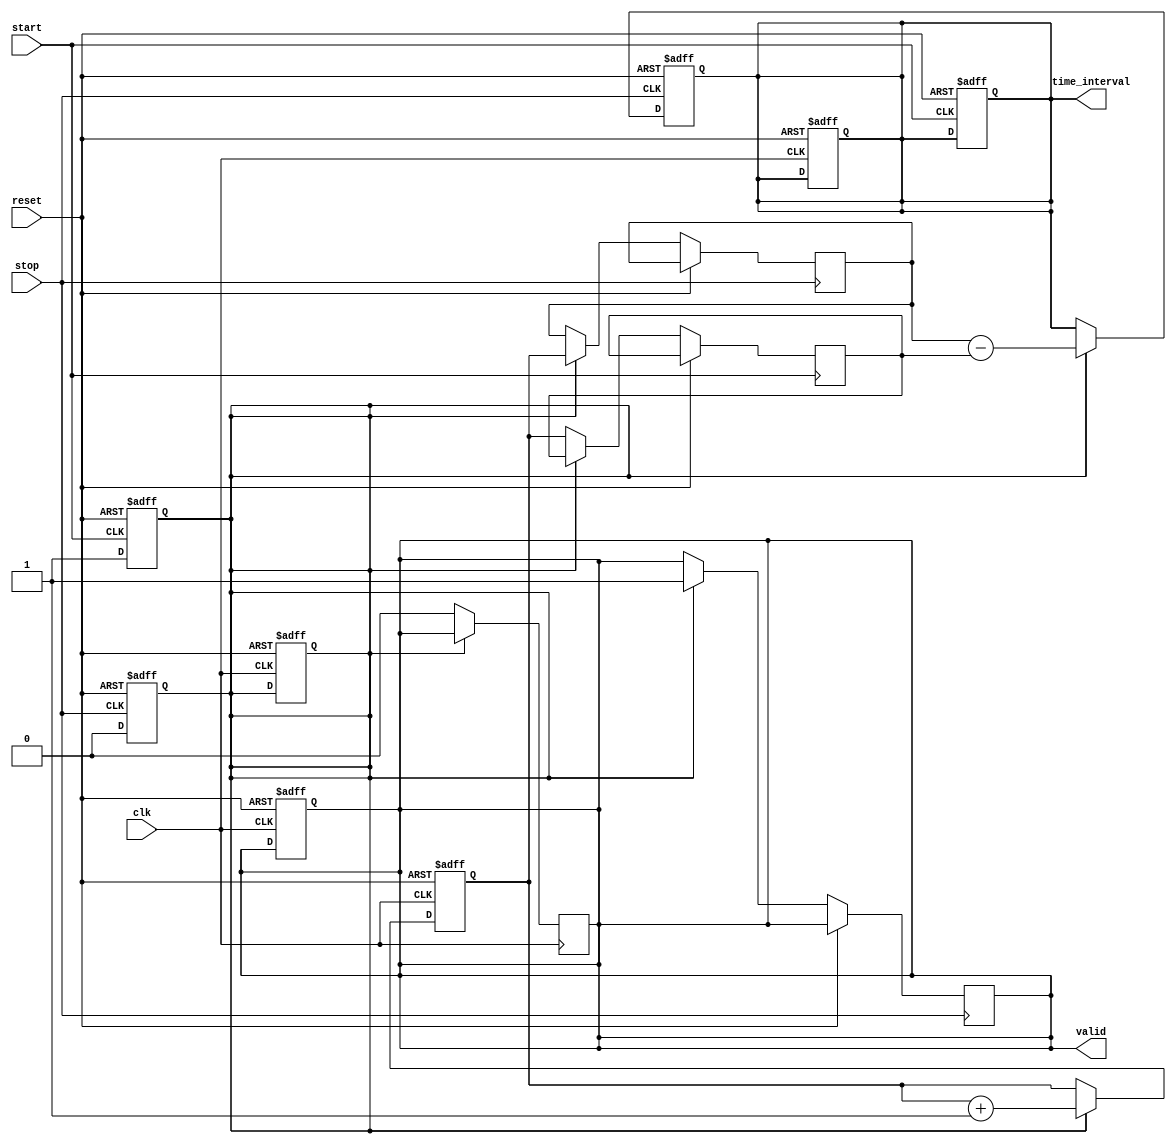
module TDC (
    input wire clk,            // High-frequency clock signal
    input wire reset,          // Reset signal
    input wire start,          // Start event signal
    input wire stop,           // Stop event signal
    output reg [15:0] time_interval, // Output time interval (16-bit for example)
    output reg valid           // Output valid signal to indicate a new measurement
);

    reg [15:0] counter;        // Time counter
    reg [15:0] start_time;     // Start time capture
    reg [15:0] stop_time;      // Stop time capture
    reg measuring;             // State to indicate if measuring is active
    reg [15:0] memory [0:255]; // Memory block to store time intervals (256 entries)

    integer memory_index;      // Index for memory storage

    // Clock process
    always @(posedge clk or posedge reset) begin
        if (reset) begin
            counter <= 16'd0;
            measuring <= 1'b0;
            valid <= 1'b0;
            memory_index <= 0;
            time_interval <= 16'd0;
        end else begin
            if (measuring) begin
                counter <= counter + 1; // Increment counter on each clock cycle
            end
        end
    end

    // Start event detection
    always @(posedge start or posedge reset) begin
        if (reset) begin
            measuring <= 1'b0;
            time_interval <= 16'd0;
        end else begin
            if (!measuring) begin
                start_time <= counter; // Capture start time
                measuring <= 1'b1;      // Start measuring
            end
        end
    end

    // Stop event detection
    always @(posedge stop or posedge reset) begin
        if (reset) begin
            measuring <= 1'b0;
            time_interval <= 16'd0;
        end else begin
            if (measuring) begin
                stop_time <= counter; // Capture stop time
                measuring <= 1'b0;    // Stop measuring
                time_interval <= stop_time - start_time; // Calculate time interval
                if (memory_index < 256) begin
                    memory[memory_index] <= time_interval; // Store in memory
                    memory_index <= memory_index + 1; // Increment memory index
                end
                valid <= 1'b1; // Indicate valid output
            end
        end
    end

    // Reset valid signal after reading
    always @(posedge clk) begin
        if (!measuring) begin
            valid <= 1'b0; // Reset valid signal when not measuring
        end
    end

endmodule